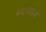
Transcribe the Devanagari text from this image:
मदरशाचे